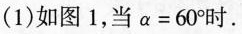
(1)如图1，当$$α = 6 0 °$$时.